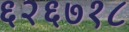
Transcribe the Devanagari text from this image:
६२६७१८